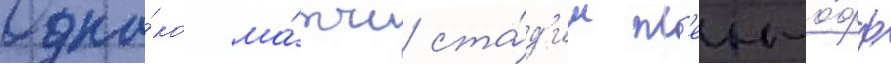
Одна́ко ма́тчи ста́д'ии пл'еи-о́фф